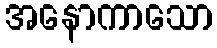
အနောကာသော